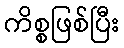
ကိစ္စဖြစ်ပြီး